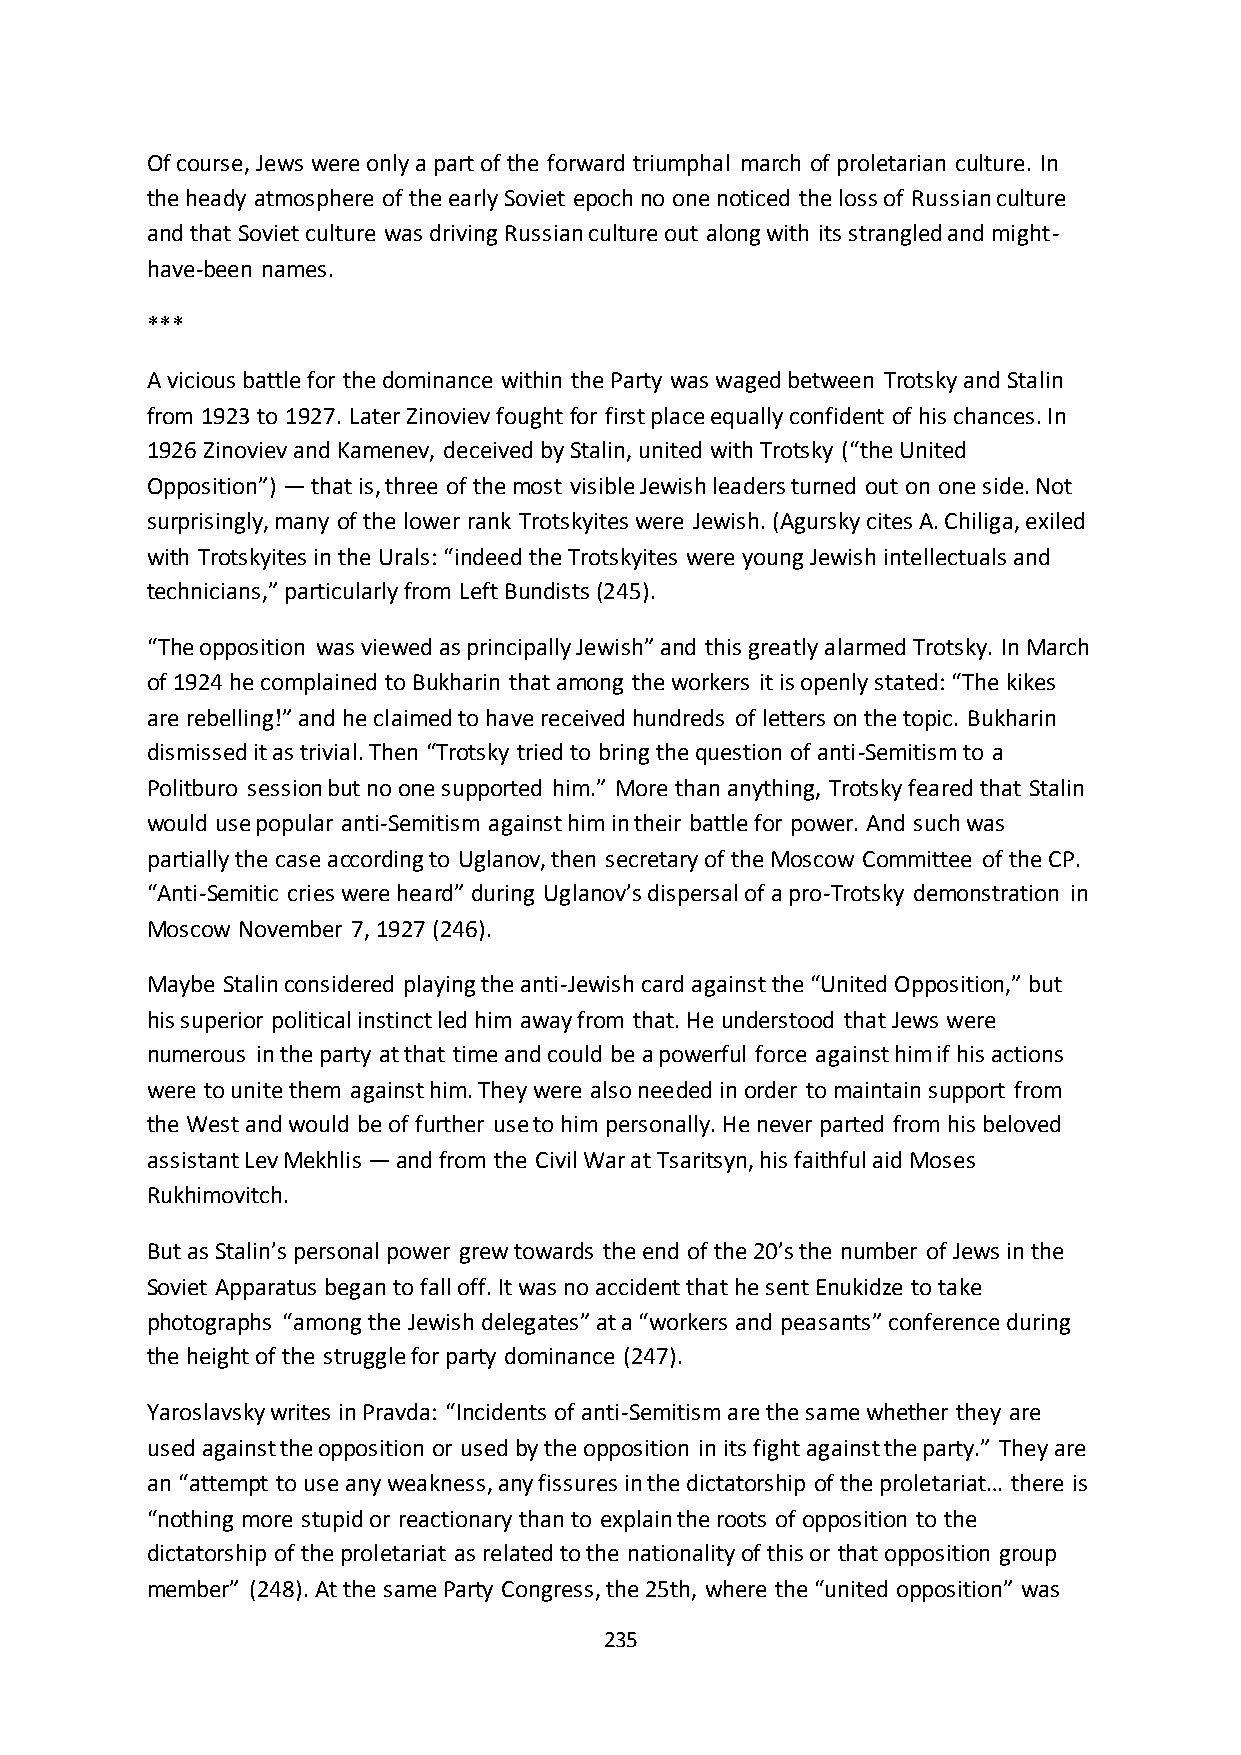
Of course, Jews were only a part of the forward triumphal march of proletarian culture. In
 the heady atmosphere of the early Soviet epoch no one noticed the loss of Russian culture
 and that Soviet culture was driving Russian culture out along with its strangled and might-
 have-been names.
 ***
 A vicious battle for the dominance within the Party was waged between Trotsky and Stalin
 from 1923 to 1927. Later Zinoviev fought for first place equally confident of his chances. In
 1926 Zinoviev and Kamenev, deceived by Stalin, united with Trotsky (“the United
 Opposition”) — that is, three of the most visible Jewish leaders turned out on one side. Not
 surprisingly, many of the lower rank Trotskyites were Jewish. (Agursky cites A. Chiliga, exiled
 with Trotskyites in the Urals: “indeed the Trotskyites were young Jewish intellectuals and
 technicians,” particularly from Left Bundists (245).
 “The opposition was viewed as principally Jewish” and this greatly alarmed Trotsky. In March
 of 1924 he complained to Bukharin that among the workers it is openly stated: “The kikes
 are rebelling!” and he claimed to have received hundreds of letters on the topic. Bukharin
 dismissed it as trivial. Then “Trotsky tried to bring the question of anti-Semitism to a
 Politburo session but no one supported him.” More than anything, Trotsky feared that Stalin
 would use popular anti-Semitism against him in their battle for power. And such was
 partially the case according to Uglanov, then secretary of the Moscow Committee of the CP.
 “Anti-Semitic cries were heard” during Uglanov’s dispersal of a pro-Trotsky demonstration in
 Moscow November 7, 1927 (246).
 Maybe Stalin considered playing the anti-Jewish card against the “United Opposition,” but
 his superior political instinct led him away from that. He understood that Jews were
 numerous in the party at that time and could be a powerful force against him if his actions
 were to unite them against him. They were also needed in order to maintain support from
 the West and would be of further use to him personally. He never parted from his beloved
 assistant Lev Mekhlis — and from the Civil War at Tsaritsyn, his faithful aid Moses
 Rukhimovitch.
 But as Stalin’s personal power grew towards the end of the 20’s the number of Jews in the
 Soviet Apparatus began to fall off. It was no accident that he sent Enukidze to take
 photographs “among the Jewish delegates” at a “workers and peasants” conference during
 the height of the struggle for party dominance (247).
 Yaroslavsky writes in Pravda: “Incidents of anti-Semitism are the same whether they are
 used against the opposition or used by the opposition in its fight against the party.” They are
 an “attempt to use any weakness, any fissures in the dictatorship of the proletariat… there is
 “nothing more stupid or reactionary than to explain the roots of opposition to the
 dictatorship of the proletariat as related to the nationality of this or that opposition group
 member” (248). At the same Party Congress, the 25th, where the “united opposition” was
 235